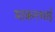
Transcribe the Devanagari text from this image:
माकनभाई